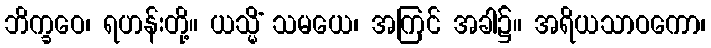
ဘိက္ခဝေ၊ ရဟန်းတို့။ ယသ္မိံ သမယေ၊ အကြင် အခါ၌။ အရိယသာဝကော၊